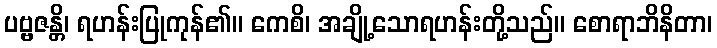
ပဗ္ဗဇန္တိ၊ ရဟန်းပြုကုန်၏။ ကေစိ၊ အချို့သောရဟန်းတို့သည်။ စောရာဘိနိတာ၊